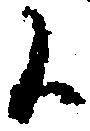
候